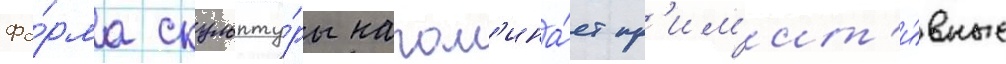
Фо́рма скульпту́ры напом'ина́ет пр'им'ит'и́вные